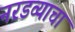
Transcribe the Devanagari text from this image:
नरडव्याचा